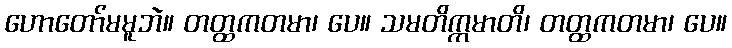
ဟောတော်မမူဘဲ။ တတ္ထကတမာ၊ ပေ။ သမတိက္ကမာတိ၊ တတ္ထကတမာ၊ ပေ။